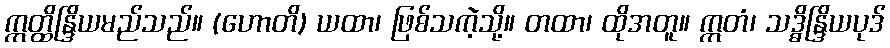
ဣတ္ထိန္ဒြိယမည်သည်။ (ဟောတိ) ယထာ၊ ဖြစ်သကဲ့သို့။ တထာ၊ ထိုအတူ။ ဣတံ၊ သဒ္ဓိန္ဒြိယပုဒ်